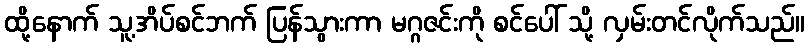
ထို့နောက် သူ့အိပ်စင်ဘက် ပြန်သွားကာ မဂ္ဂဇင်းကို စင်ပေါ် သို့ လှမ်းတင်လိုက်သည်။